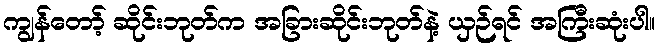
ကျွန်တော့် ဆိုင်းဘုတ်က အခြားဆိုင်းဘုတ်နဲ့ ယှဉ်ရင် အကြီးဆုံးပါ။